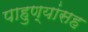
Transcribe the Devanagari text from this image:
पाहुण्यांसह